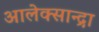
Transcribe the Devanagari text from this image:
आलेक्सान्द्रा